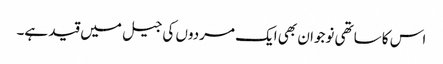
اس کا ساتھی نوجوان بھی ایک مردوں کی جیل میں قید ہے۔